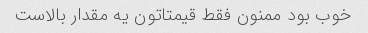
خوب بود ممنون فقط قیمتاتون یه مقدار بالاست